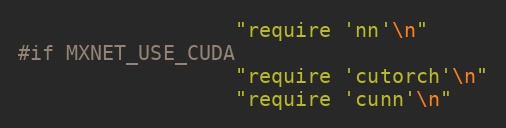
Language: C++
                  "require 'nn'\n"
#if MXNET_USE_CUDA
                  "require 'cutorch'\n"
                  "require 'cunn'\n"